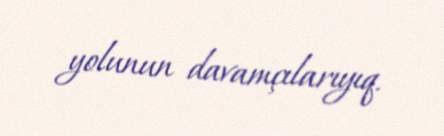
yolunun davamçılarıyıq.